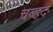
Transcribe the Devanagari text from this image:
चव्हद